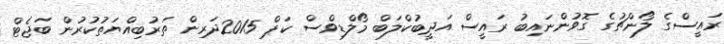
ރައީސްގެ ލޯންޗުގެ ގޮވުންނައިބު ރައީސް އަދީބުކްލަބް މޯލްޑިވްސް ކަޕް 2015ދަރިން ތަރުބިއްޔަތުކުރުން ބަޖެޓް